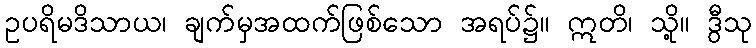
ဥပရိမဒိသာယ၊ ချက်မှအထက်ဖြစ်သော အရပ်၌။ ဣတိ၊ သို့။ ဒွီသု